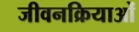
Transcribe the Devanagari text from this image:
जीवनक्रियाओं